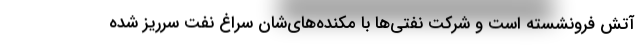
آتش فرونشسته است و شركت نفتي‌ها با مكنده‌هاي‌شان سراغ نفت سرريز شده